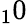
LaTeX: _10